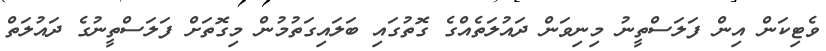
ވެޓިކަން އިން ފަލަސްތީނު މިނިވަން ދައުލަތެއްގެ ގޮތުގައި ބަލައިގަތުމުން މިގޮތަށް ފަލަސްތީނުގެ ދައުލަތް